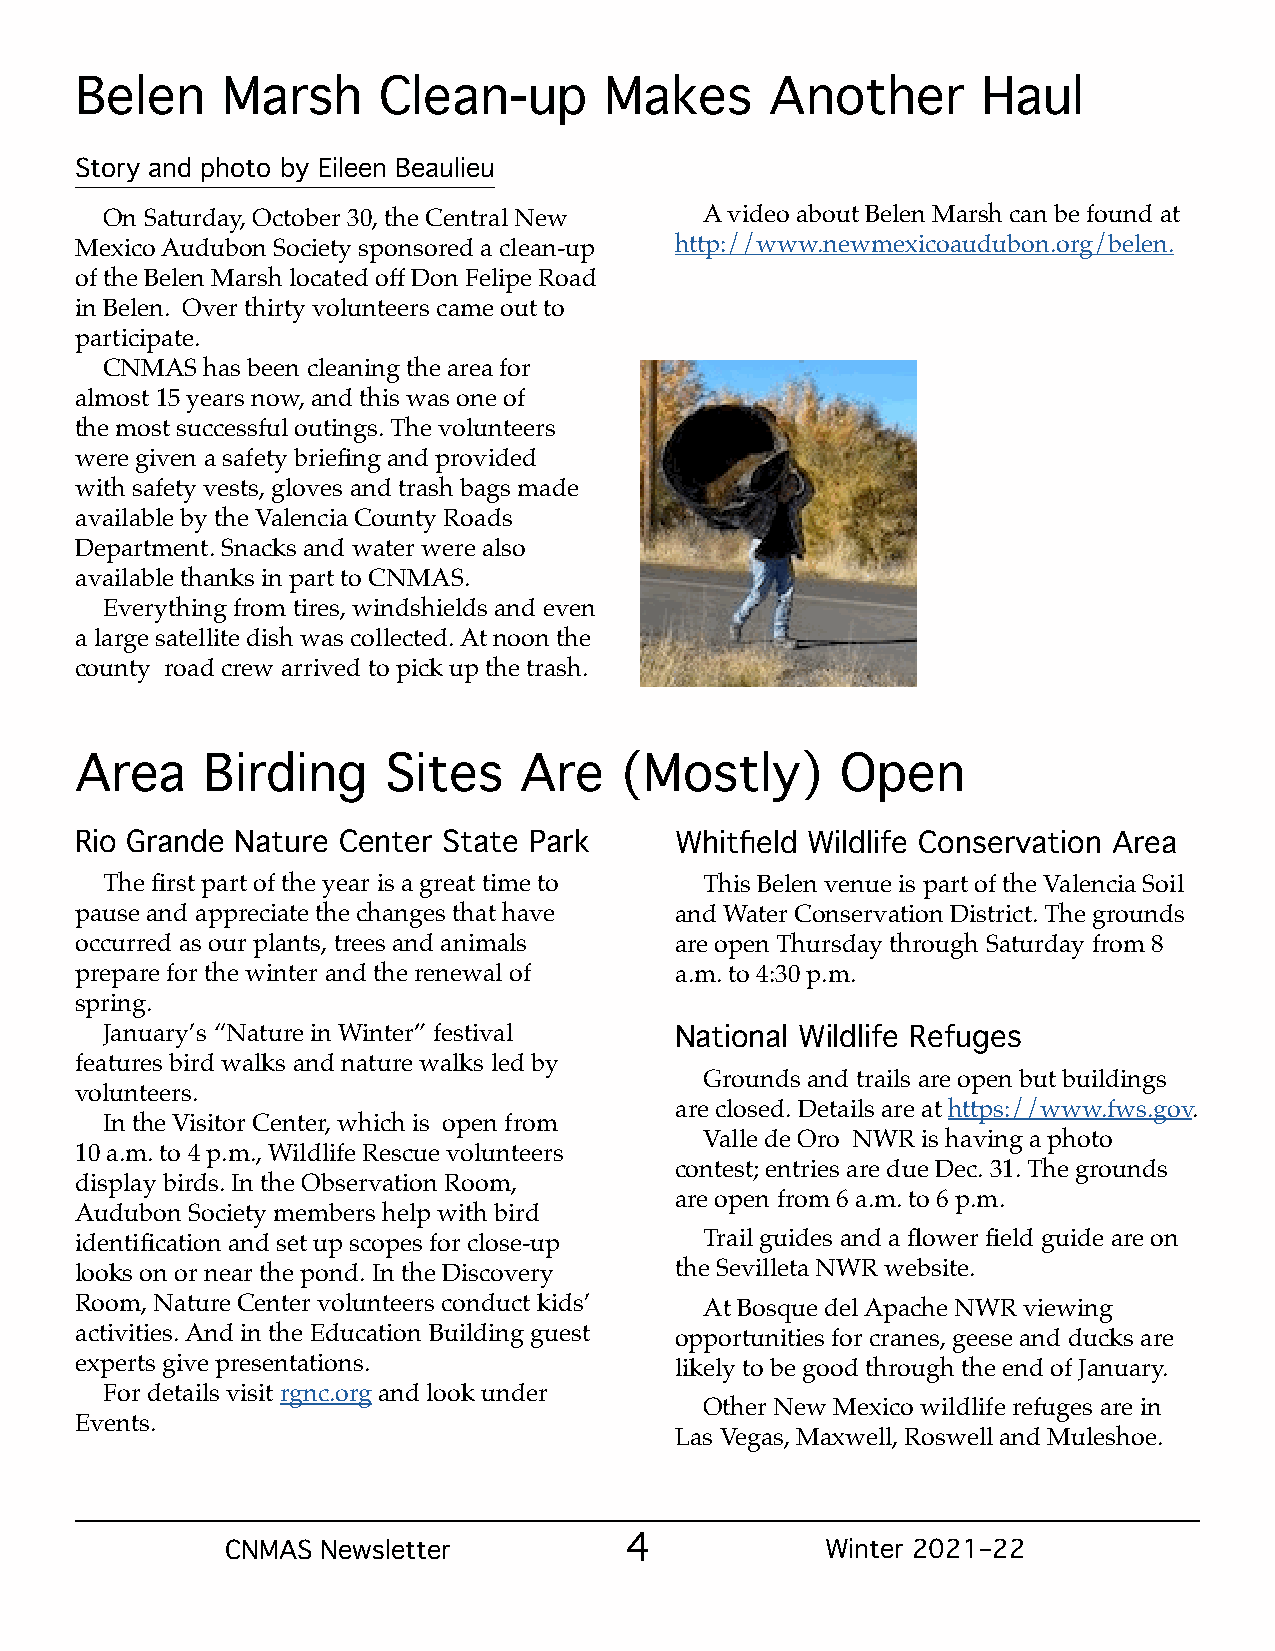
Belen     Marsh     Clean-up       Makes      Another       Haul
 Story and photo by Eileen Beaulieu
 On Saturday, October 30, the Central New A video about Belen Marsh can be found at
 Mexico Audubon Society sponsored a clean-up http://www.newmexicoaudubon.org/belen.
 of the Belen Marsh located off Don Felipe Road
 in Belen. Over thirty volunteers came out to
 participate.
 CNMAS  has been cleaning the area for
 almost 15 years now, and this was one of
 the most successful outings. The volunteers
 were given a safety briefing and provided
 with safety vests, gloves and trash bags made
 available by the Valencia County Roads
 Department. Snacks and water were also
 available thanks in part to CNMAS.
 Everything from tires, windshields and even
 a large satellite dish was collected. At noon the
 county road crew arrived to pick up the trash.
 Area    Birding     Sites    Are    (Mostly)       Open
 Rio Grande Nature Center State Park     Whitfield Wildlife Conservation Area
 The first part of the year is a great time to This Belen venue is part of the Valencia Soil
 pause and appreciate the changes that have and Water Conservation District. The grounds
 occurred as our plants, trees and animals are open Thursday through Saturday from 8
 prepare for the winter and the renewal of a.m. to 4:30 p.m.
 spring.
 January’s “Nature in Winter” festival
 National Wildlife Refuges
 features bird walks and nature walks led by
 Grounds and trails are open but buildings
 volunteers.
 are closed. Details are at https://www.fws.gov.
 In the Visitor Center, which is open from
 Valle de Oro NWR is having a photo
 10 a.m. to 4 p.m., Wildlife Rescue volunteers
 contest; entries are due Dec. 31. The grounds
 display birds. In the Observation Room,
 are open from 6 a.m. to 6 p.m.
 Audubon Society members help with bird
 identification and set up scopes for close-up Trail guides and a flower field guide are on
 looks on or near the pond. In the Discovery the Sevilleta NWR website.
 Room, Nature Center volunteers conduct kids’ At Bosque del Apache NWR viewing
 activities. And in the Education Building guest opportunities for cranes, geese and ducks are
 experts give presentations.             likely to be good through the end of January.
 For details visit rgnc.org and look under
 Other New Mexico wildlife refuges are in
 Events.
 Las Vegas, Maxwell, Roswell and Muleshoe.
 CNMAS Newsletter          4             Winter 2021–22